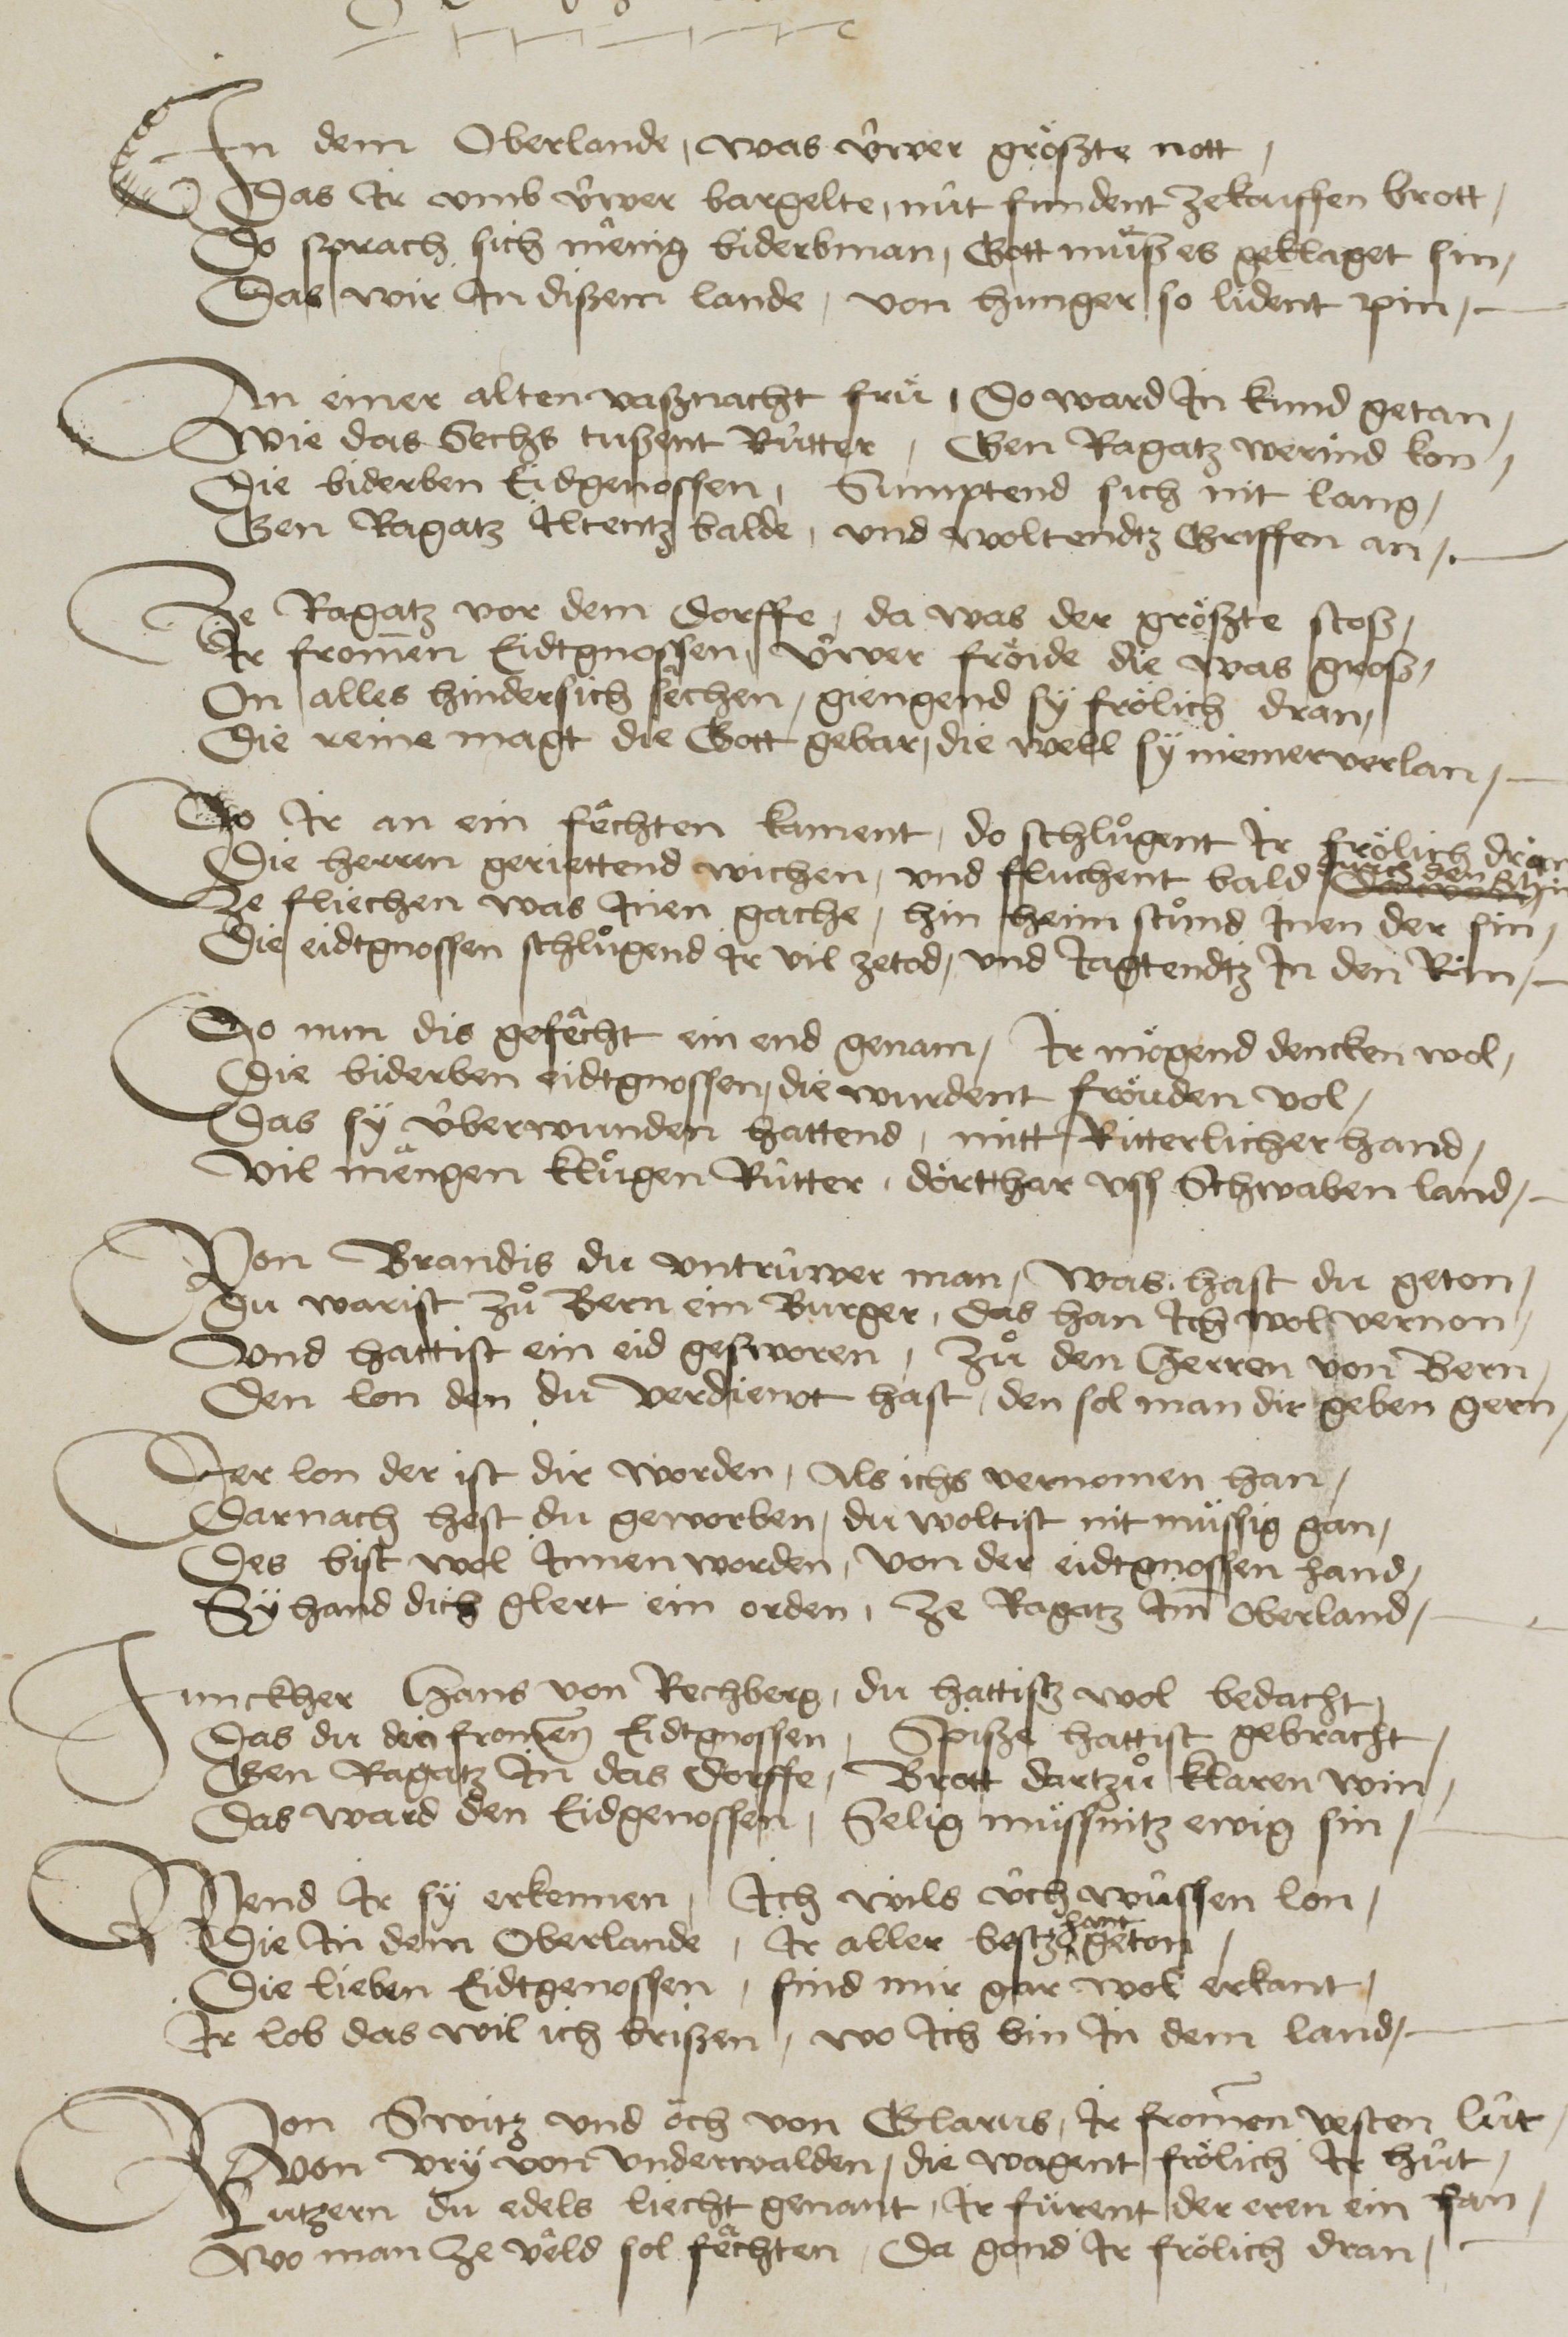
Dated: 1450–1599